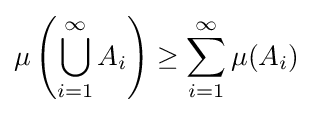
\mu \left(\bigcup _{i=1}^{\infty }A_{i}\right)\geq \sum _{i=1}^{\infty }\mu (A_{i})